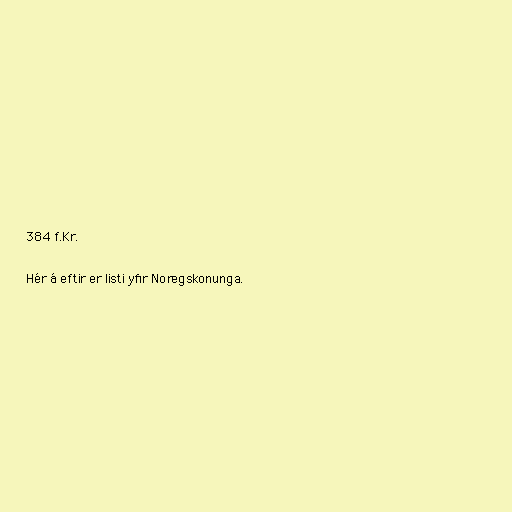
384 f.Kr.

Hér á eftir er listi yfir Noregskonunga.